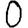
Digit: 0